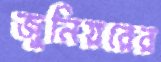
জুনিয়রের